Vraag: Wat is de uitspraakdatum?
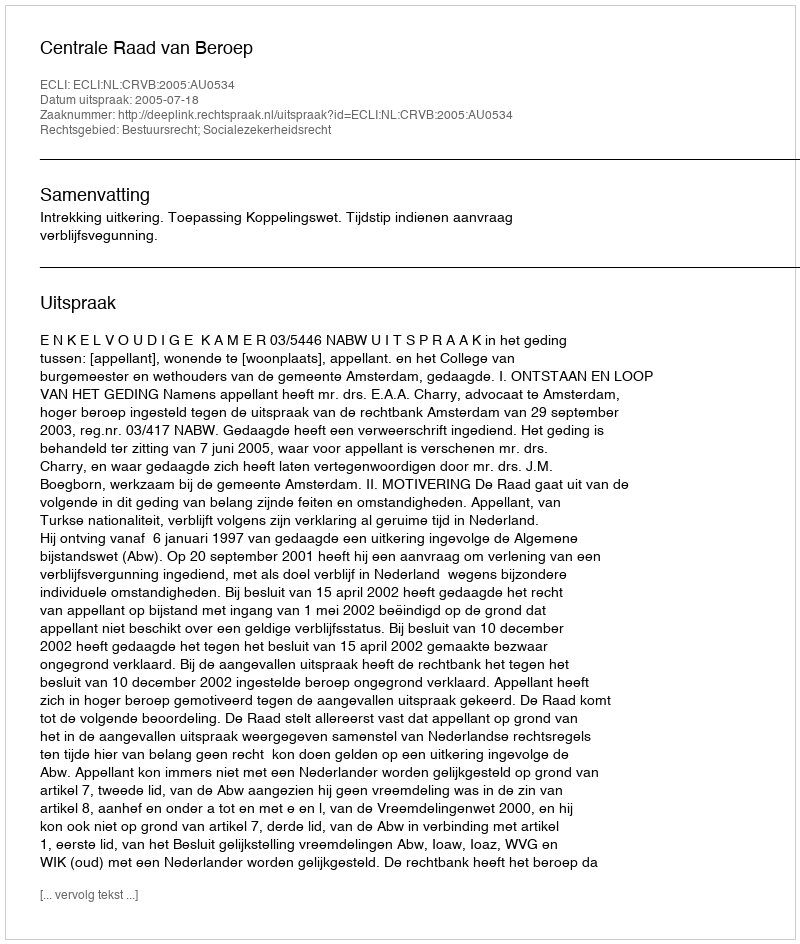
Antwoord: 2005-07-18